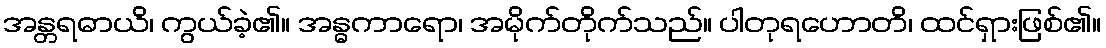
အန္တရဓာယိ၊ ကွယ်ခဲ့၏။ အန္ဓကာရော၊ အမိုက်တိုက်သည်။ ပါတုရဟောတိ၊ ထင်ရှားဖြစ်၏။